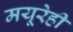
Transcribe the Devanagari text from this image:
मयूरेही